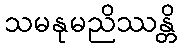
သမနုမညိဿန္တိ